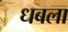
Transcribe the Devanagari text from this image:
धबला